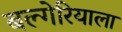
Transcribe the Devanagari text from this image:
बल्गेरियाला